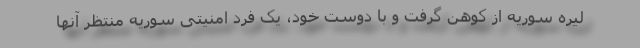
لیره سوریه از کوهن گرفت و با دوست خود، یک فرد امنیتی سوریه منتظر آنها